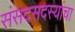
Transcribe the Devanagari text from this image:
संसदसदस्यांचा